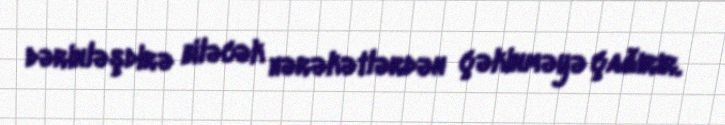
dərinləşdirə biləcək hərəkətlərdən çəkinməyə çağırır.